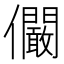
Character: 𠑨